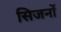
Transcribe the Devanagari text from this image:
सिजनों